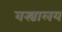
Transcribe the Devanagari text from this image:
वस्त्रालय